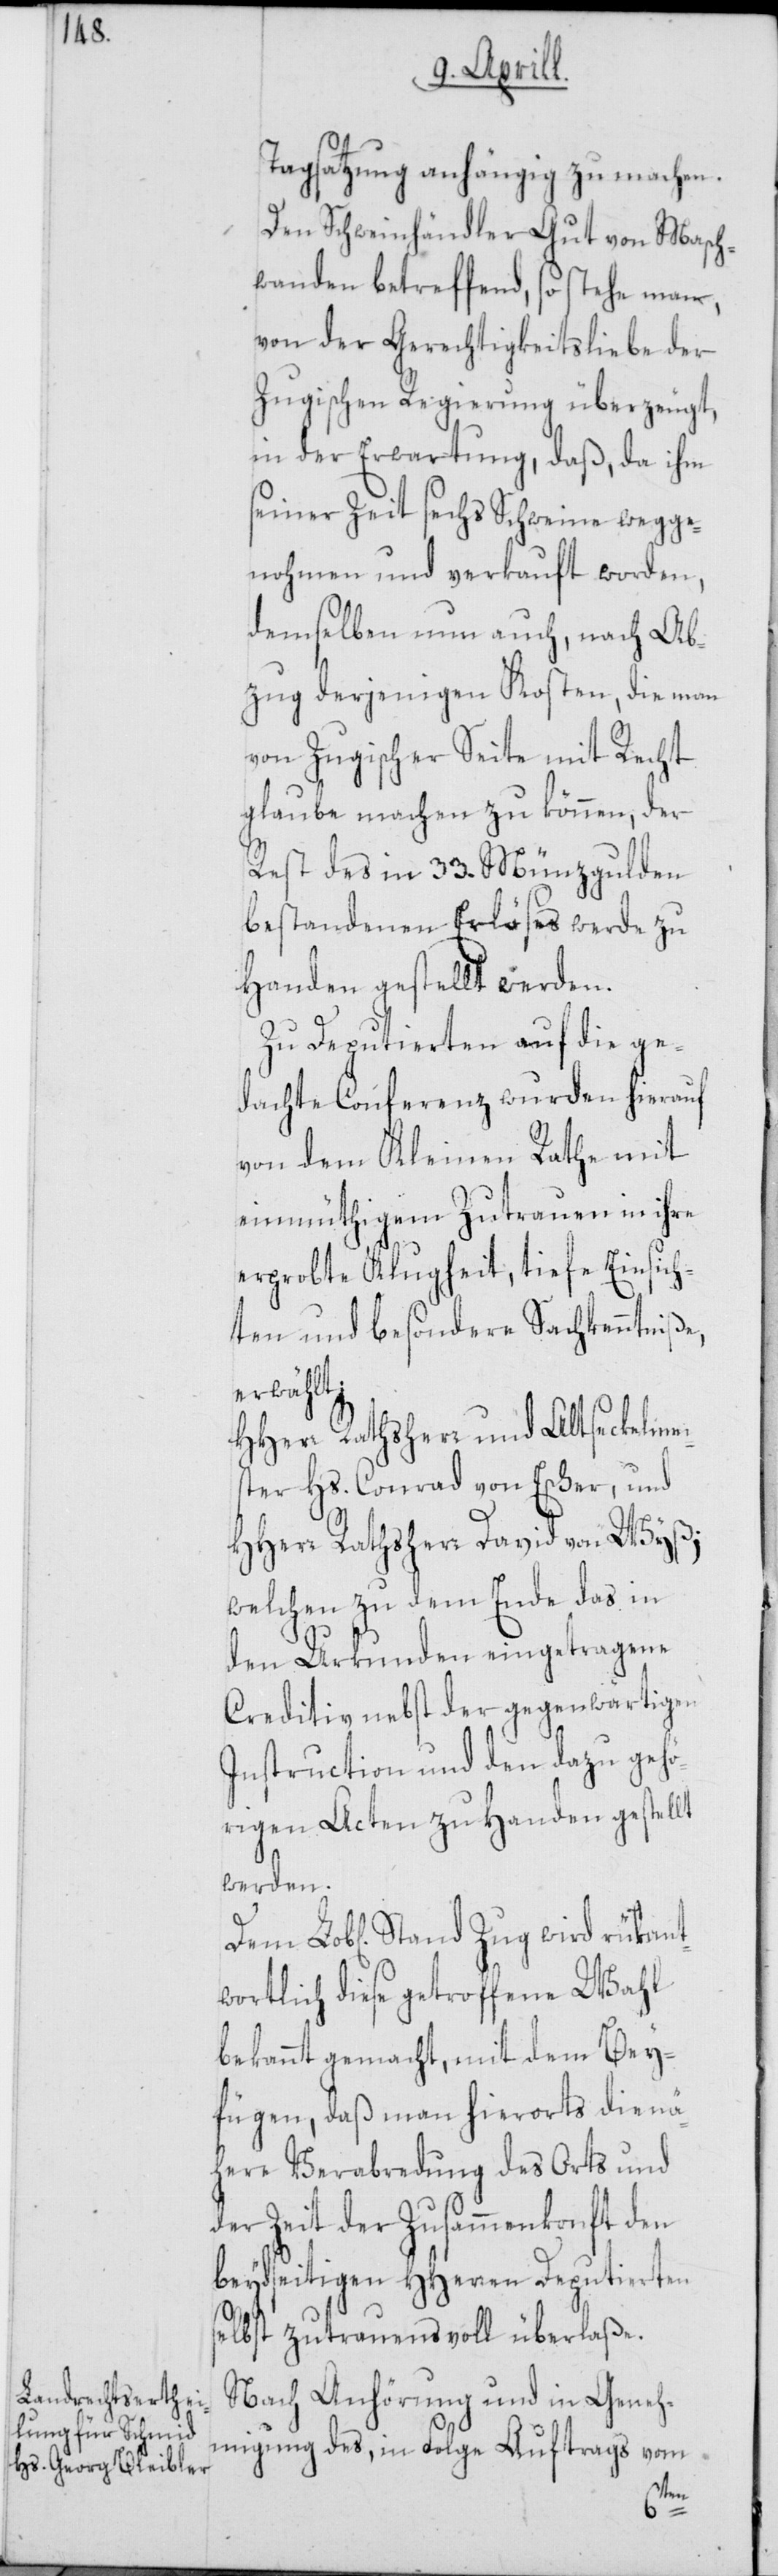
Tagsatzung anhängig zu machen.
Den Schweinhändler Gut von Masch¬
wanden betreffend, so stehe man,
von der Gerechtigkeitsliebe der
Zugischen Regierung überzeugt,
in der Erwartung, daß, da ihm
seiner Zeit sechs Schweine wegge¬
nohmen und verkauft worden,
demselben nun auch, nach Ab¬
zug derjenigen Kosten, die man
von Zugischer Seite mit Recht
glaube machen zu können, der
Rest des in 33. Münzgulden
bestandenen Erlöses werde zu
Handen gestellt werden.
Zu Deputierten auf die ge¬
dachte Conferenz wurden hierauf
von dem Kleinen Rathe mit
einmüthigem Zutrauen in ihre
erprobte Klugheit, tiefe Einsich¬
ten und besondere Sachkenntniße,
rükant¬
HHerr Rathsherr und Altseckelmei¬
ster Hs. Conrad von Escher, und
HHerr Rathsherr David von Wyß;
welchen zu dem Ende das in
den Urkunden eingetragene
Creditiv nebst der gegenwärtigen
Instruction und den dazu gehö¬
rigen Acten zu Handen gestellt
werden.
wortlich diese getroffene Wahl
bekannt gemacht, mit dem Bey¬
fügen, daß man hierorts die nä¬
here Verabredung des Orts und
der Zeit der Zusammenkonft den
beydseitigen HHerren Deputierten
selbst zutrauensvoll überlaße.
Nach Anhörung und in Geneh¬
migung des, in Folge Auftrags vom
Stand